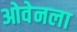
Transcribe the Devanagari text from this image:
ओवेनला